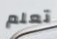
تعلم